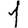
Digit: 1